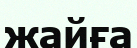
жайға